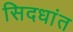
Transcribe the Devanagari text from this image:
सिदधांत